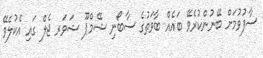
ސާފުވުމަށް ބޭނުންކުރެވޭ ބައެއް ބާވަތުގެ ސާބޯނި ޝޭމްޕޫ ޝަވަރ ޖެލް ގައި އެކުލެވޭ